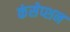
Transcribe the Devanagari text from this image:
कंसेप्शन